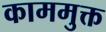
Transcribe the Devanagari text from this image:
काममुक्त